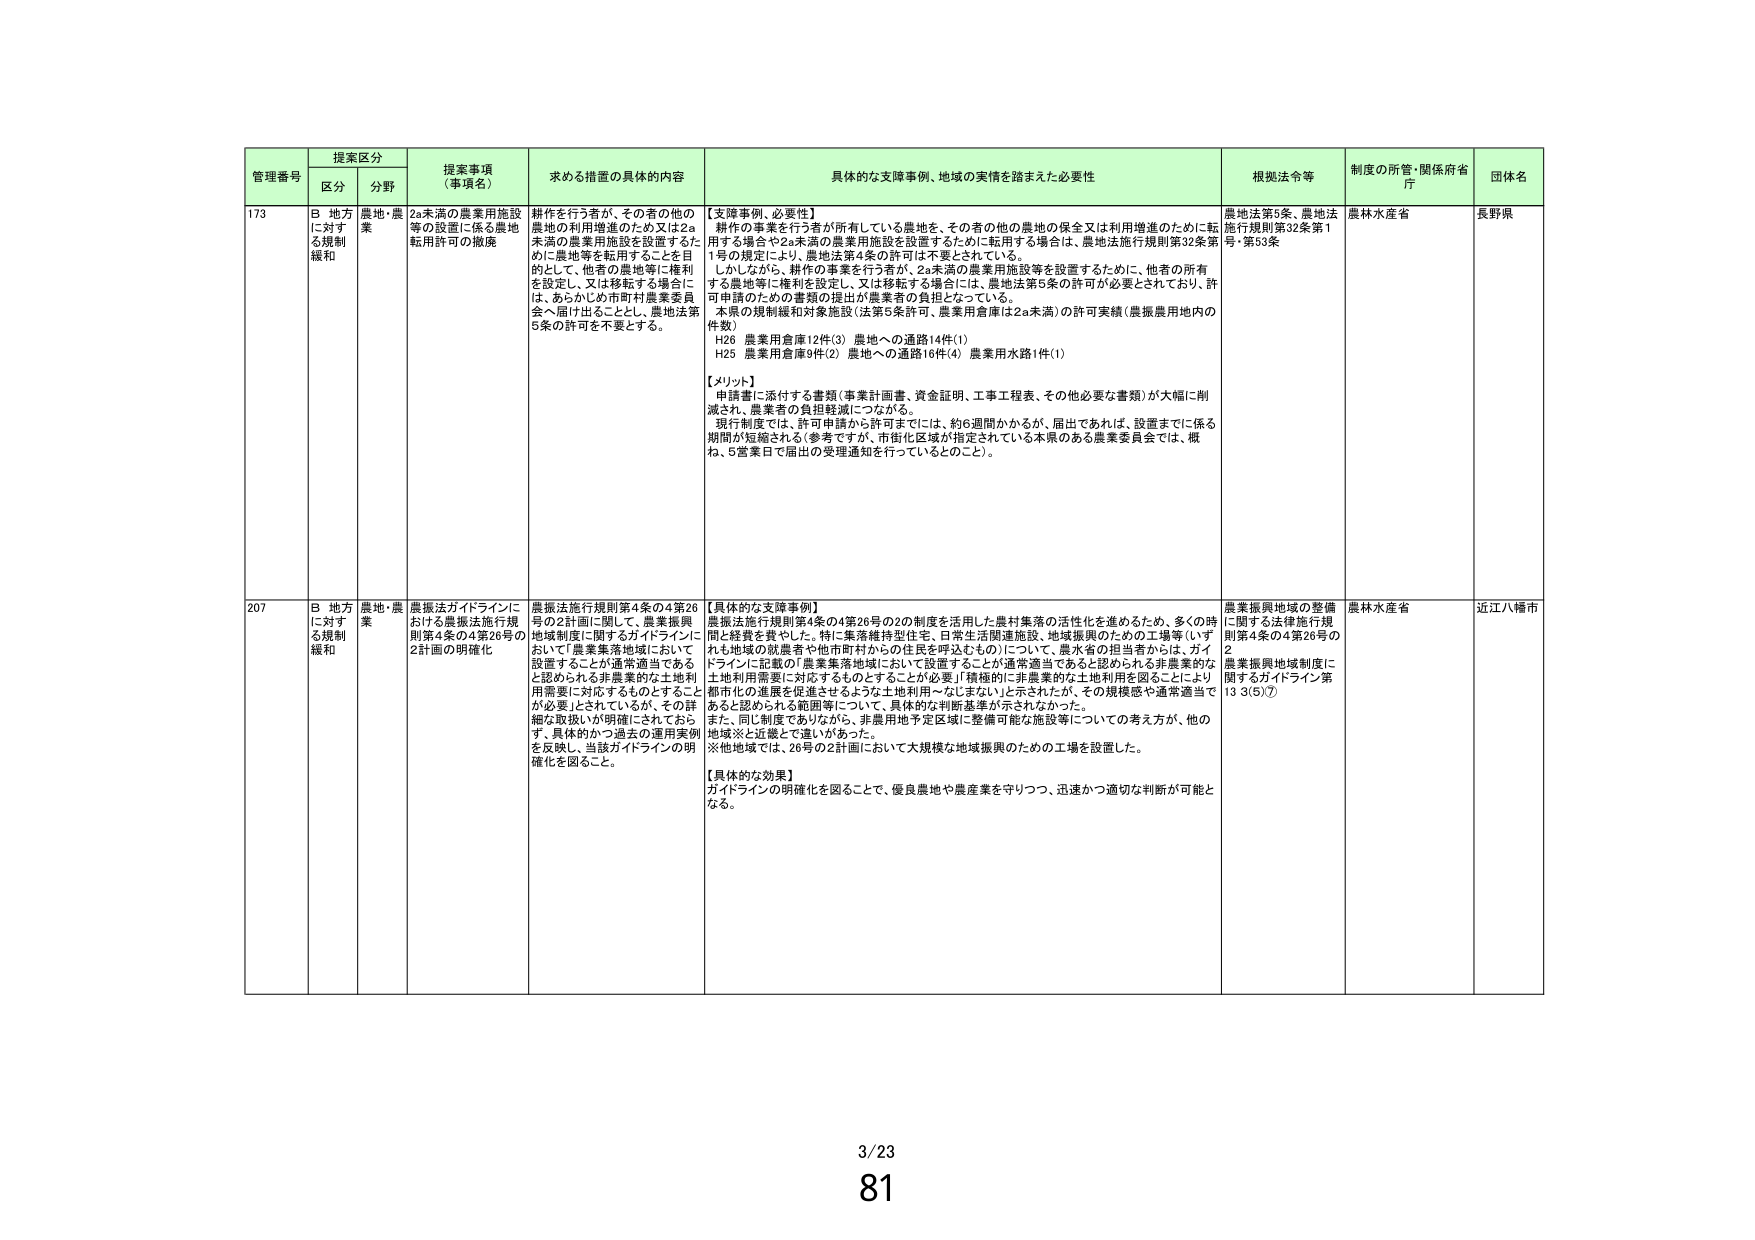
管理番号 提案区分 提案事項（事項名） 求める措置の具体的内容 具体的な支援事例、地域の実情を踏まえた必要性 根拠法令等 制度の所管・関係府省庁 団体名
区分 分野
173 B 地方に対する規制緩和 農地・農業 2a未満の農業用施設等の設置に係る農地転用許可の撤廃 耕作を行う者が、その者の他の農地の利用増進のため又は2a未満の農業用施設を設置するために農地等を転用することを目的として、他者の農地等に権利を設定し、又は移転する場合に、あらかじめ市町村農業委員会へ届け出ることとし、農地法第5条の許可を不要とする。 【支援事例、必要性】
耕作の事業を行う者が所有している農地を、その者の他の農地の保全又は利用増進のために転用する場合や2a未満の農業用施設を設置するために転用する場合は、農地法施行規則第32条第1号の規定により、農地法第4条の許可は不要とされている。
しかしながら、耕作の事業を行う者が、2a未満の農業用施設等を設置するために、他者の所有する農地等に権利を設定し、又は移転する場合には、農地法第5条の許可が必要とされており、許可申請のための書類の提出が農業者の負担となっている。
本県の規制緩和対象施設（法第5条許可、農業用倉庫は2a未満）の許可実績（農振農用地内の件数）
H26 農業用倉庫12件(3) 農地への通路14件(1)
H25 農業用倉庫9件(2) 農地への通路16件(4) 農業用水路1件(1)
【メリット】
申請書に添付する書類（事業計画書、資金証明、工事工程表、その他必要な書類）が大幅に削減され、農業者の負担軽減につながる。
現行制度では、許可申請から許可までには、約6週間かかるが、届出であれば、設置までに係る期間が短縮される（参考ですが、市街化区域が指定されている本県のある農業委員会では、概ね、5営業日で届出の受理通知を行っているとのこと）。 農地法第5条、農地法施行規則第32条第1号・第53条 農林水産省 長野県
207 B 地方に対する規制緩和 農地・農業 農振法ガイドラインにおける農振法施行規則第4条の4第26号の2計画の明確化 農振法施行規則第4条の4第26号の2計画に関して、農業振興地域制度に関するガイドラインにおいて「農業集落地域において設置することが通常適当であると認められる非農業的な土地利用需要に対応するものとする」ことが必要とされているが、その詳細な取扱いが明確にされておらず、具体的かつ過去の運用実例を反映し、当該ガイドラインの明確化を図ること。 【具体的な支援事例】
農振法施行規則第4条の4第26号の2の制度を活用した農村集落の活性化を進めるため、多くの時間と経費を費やした。特に集落維持型住宅、日常生活関連施設、地域振興のための工場等（いずれも地域の就農者や他市町村からの住民を呼込むもの）について、農水省の担当者からは、ガイドラインに記載の「農業集落地域において設置することが通常適当であると認められる非農業的な土地利用需要に対応するものとする」ことが必要」「積極的に非農業的な土地利用を図ることにより都市化の進展を促進させるような土地利用～なじまない」と示されたが、その規模感や通常適当であると認められる範囲等について、具体的な判断基準が示されなかった。
また、同じ制度でありながら、非農用地予定区域に整備可能な施設等についての考え方が、他の地域※と近畿とで違いがあった。
※他地域では、26号の2計画において大規模な地域振興のための工場を設置した。
【具体的な効果】
ガイドラインの明確化を図ることで、優良農地や農産業を守りつつ、迅速かつ適切な判断が可能となる。 農業振興地域の整備に関する法律施行規則第4条の4第26号の2 農業振興地域制度に関するガイドライン第13 3(5)⑦ 農林水産省 近江八幡市
3/23
81